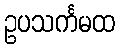
ဥပသင်္ကမထ